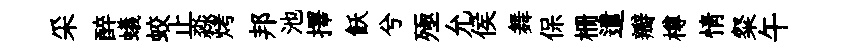
采醉蟻蛟止淼烤邦池擇飫兮殛允侯舞保栅遣瓣樽情粲午